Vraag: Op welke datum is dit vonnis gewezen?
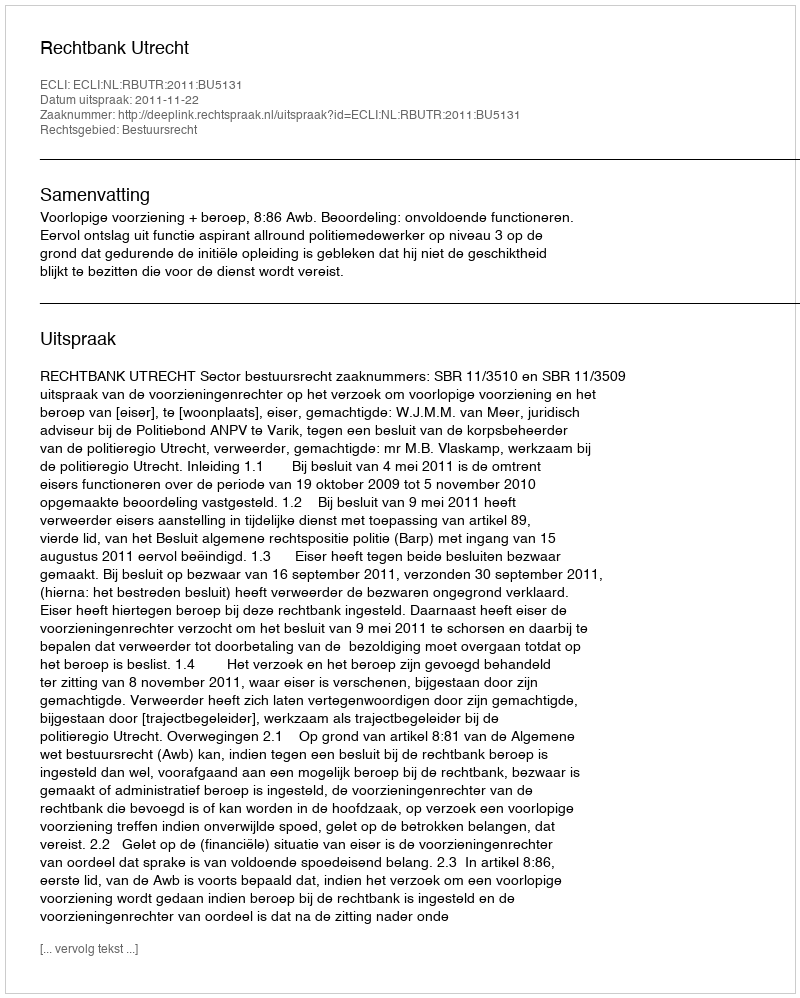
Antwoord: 2011-11-22